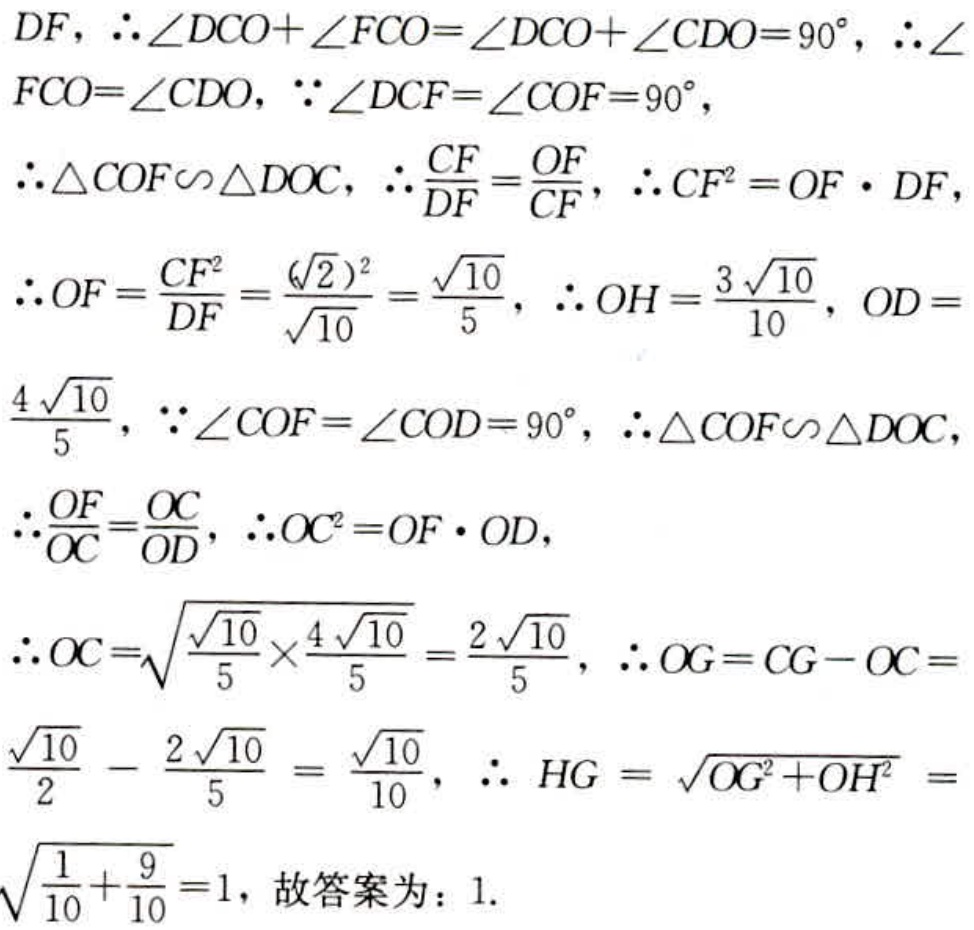
\[
\begin{align*}
&DF,\therefore\angle DCO + \angle FCO=\angle DCO+\angle CDO = 90^{\circ},\therefore\angle FCO=\angle CDO,\because\angle DCF=\angle COF = 90^{\circ},\\
&\therefore\triangle COF\backsim\triangle DOC,\therefore\frac{CF}{DF}=\frac{OF}{CF},\therefore CF^{2}=OF\cdot DF,\\
&\therefore OF=\frac{CF^{2}}{DF}=\frac{(\sqrt{2})^{2}}{\sqrt{10}}=\frac{\sqrt{10}}{5},\therefore OH=\frac{3\sqrt{10}}{10},OD = \frac{4\sqrt{10}}{5},\because\angle COF=\angle COD = 90^{\circ},\therefore\triangle COF\backsim\triangle DOC,\\
&\therefore\frac{OF}{OC}=\frac{OC}{OD},\therefore OC^{2}=OF\cdot OD,\\
&\therefore OC=\sqrt{\frac{\sqrt{10}}{5}\times\frac{4\sqrt{10}}{5}}=\frac{2\sqrt{10}}{5},\therefore OG = CG - OC=\frac{\sqrt{10}}{2}-\frac{2\sqrt{10}}{5}=\frac{\sqrt{10}}{10},\therefore HG=\sqrt{OG^{2}+OH^{2}}=\\
&\sqrt{\frac{1}{10}+\frac{9}{10}} = 1,\text{故答案为：}1.
\end{align*}
\]